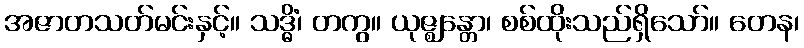
အဇာတသတ်မင်းနှင့်။ သဒ္ဓိံ၊ တကွ။ ယုဇ္ဈန္တော၊ စစ်ထိုးသည်ရှိသော်။ တေန၊